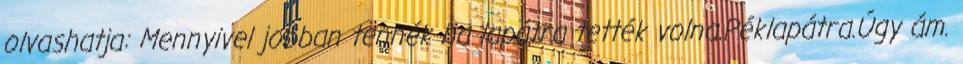
olvashatja: Mennyivel jobban tennék ha lapátra tették volna.Péklapátra.Úgy ám.